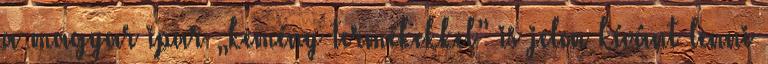
a magyar ipar „kemény termékekkel” is jelen kívánt lenni